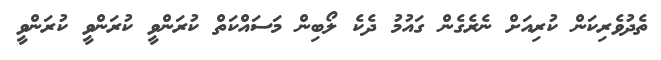
ތެދުވެރިކަން ކުރިއަށް ނެރެގެން ގައުމު ދެކެ ލޯބިން މަސައްކަތް ކުރަންވީ ކުރަންވީ ކުރަންވީ